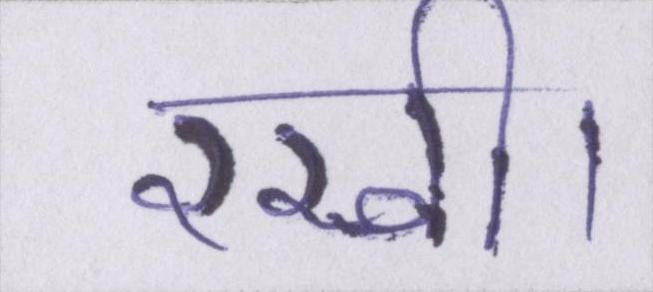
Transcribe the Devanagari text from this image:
रखी।